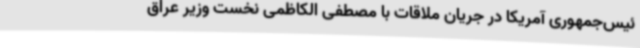
ئیس‌جمهوری آمریکا در جریان ملاقات با مصطفی الکاظمی نخست وزیر عراق